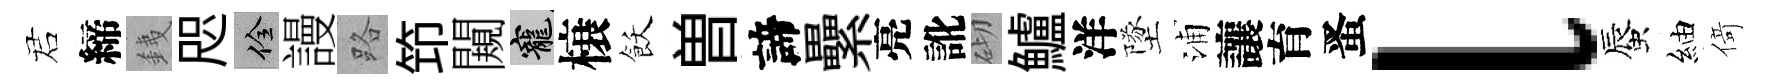
诺締銕咫佺謾路笻闚寵榱飫曽諦纍亮訛砌鱸洋墜浦讓育󱉠l蜃紬𠋣